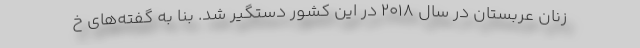
زنان عربستان در سال 2018 در این کشور دستگیر شد. بنا به گفته‌های خ